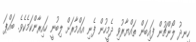
ހިނދު ލޯންޗުން ފައިބަން ތައްޔާރުވި ދެމީހުން ފެނި އައްމާރަށް ލިބުނީ ހައިރާންކަމެކެވެ. ބައްޕަ